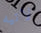
لاتيه